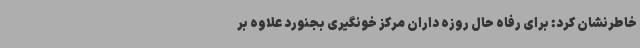
خاطرنشان کرد: برای رفاه حال روزه داران مرکز خونگیری بجنورد علاوه بر